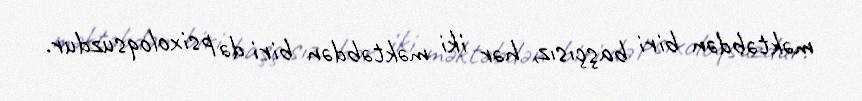
məktəbdən biri başçısız, hər iki məktəbdən biri də psixoloqsuzdur.